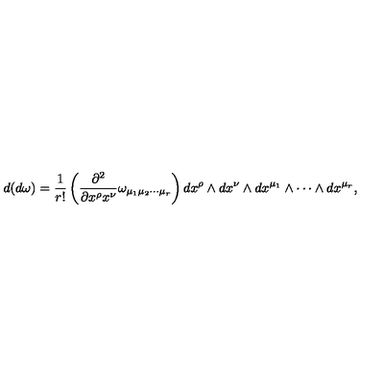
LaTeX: d ( d \omega ) = \frac { 1 } { r ! } \left( \frac { \partial ^ { 2 } } { \partial x ^ { \rho } x ^ { \nu } } \omega _ { \mu _ { 1 } \mu _ { 2 } \cdots \mu _ { r } } \right) d x ^ { \rho } \wedge d x ^ { \nu } \wedge d x ^ { \mu _ { 1 } } \wedge \cdots \wedge d x ^ { \mu _ { r } } ,